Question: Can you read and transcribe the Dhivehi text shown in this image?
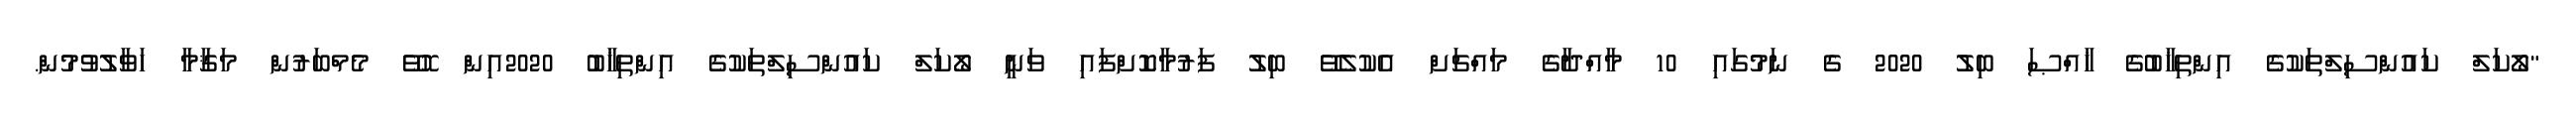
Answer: "ލޯކަލް ކައުންސިލްތަކުގެ އިންތިޚާބުގެ ޚާއްޞަ ބިލު 2020 ގެ ނަމުގައި 10 މާއްދާގެ މައްޗަށް އެކުލެވޭ ބިލު ފަރުމާކޮށްފައި ވަނީ ލޯކަލް ކައުންސިލްތަކުގެ އިންތިޚާބު 2020އިން ހޮވޭ މެމްބަރުން މަޤާމާ ހަވާލުވުމުން.